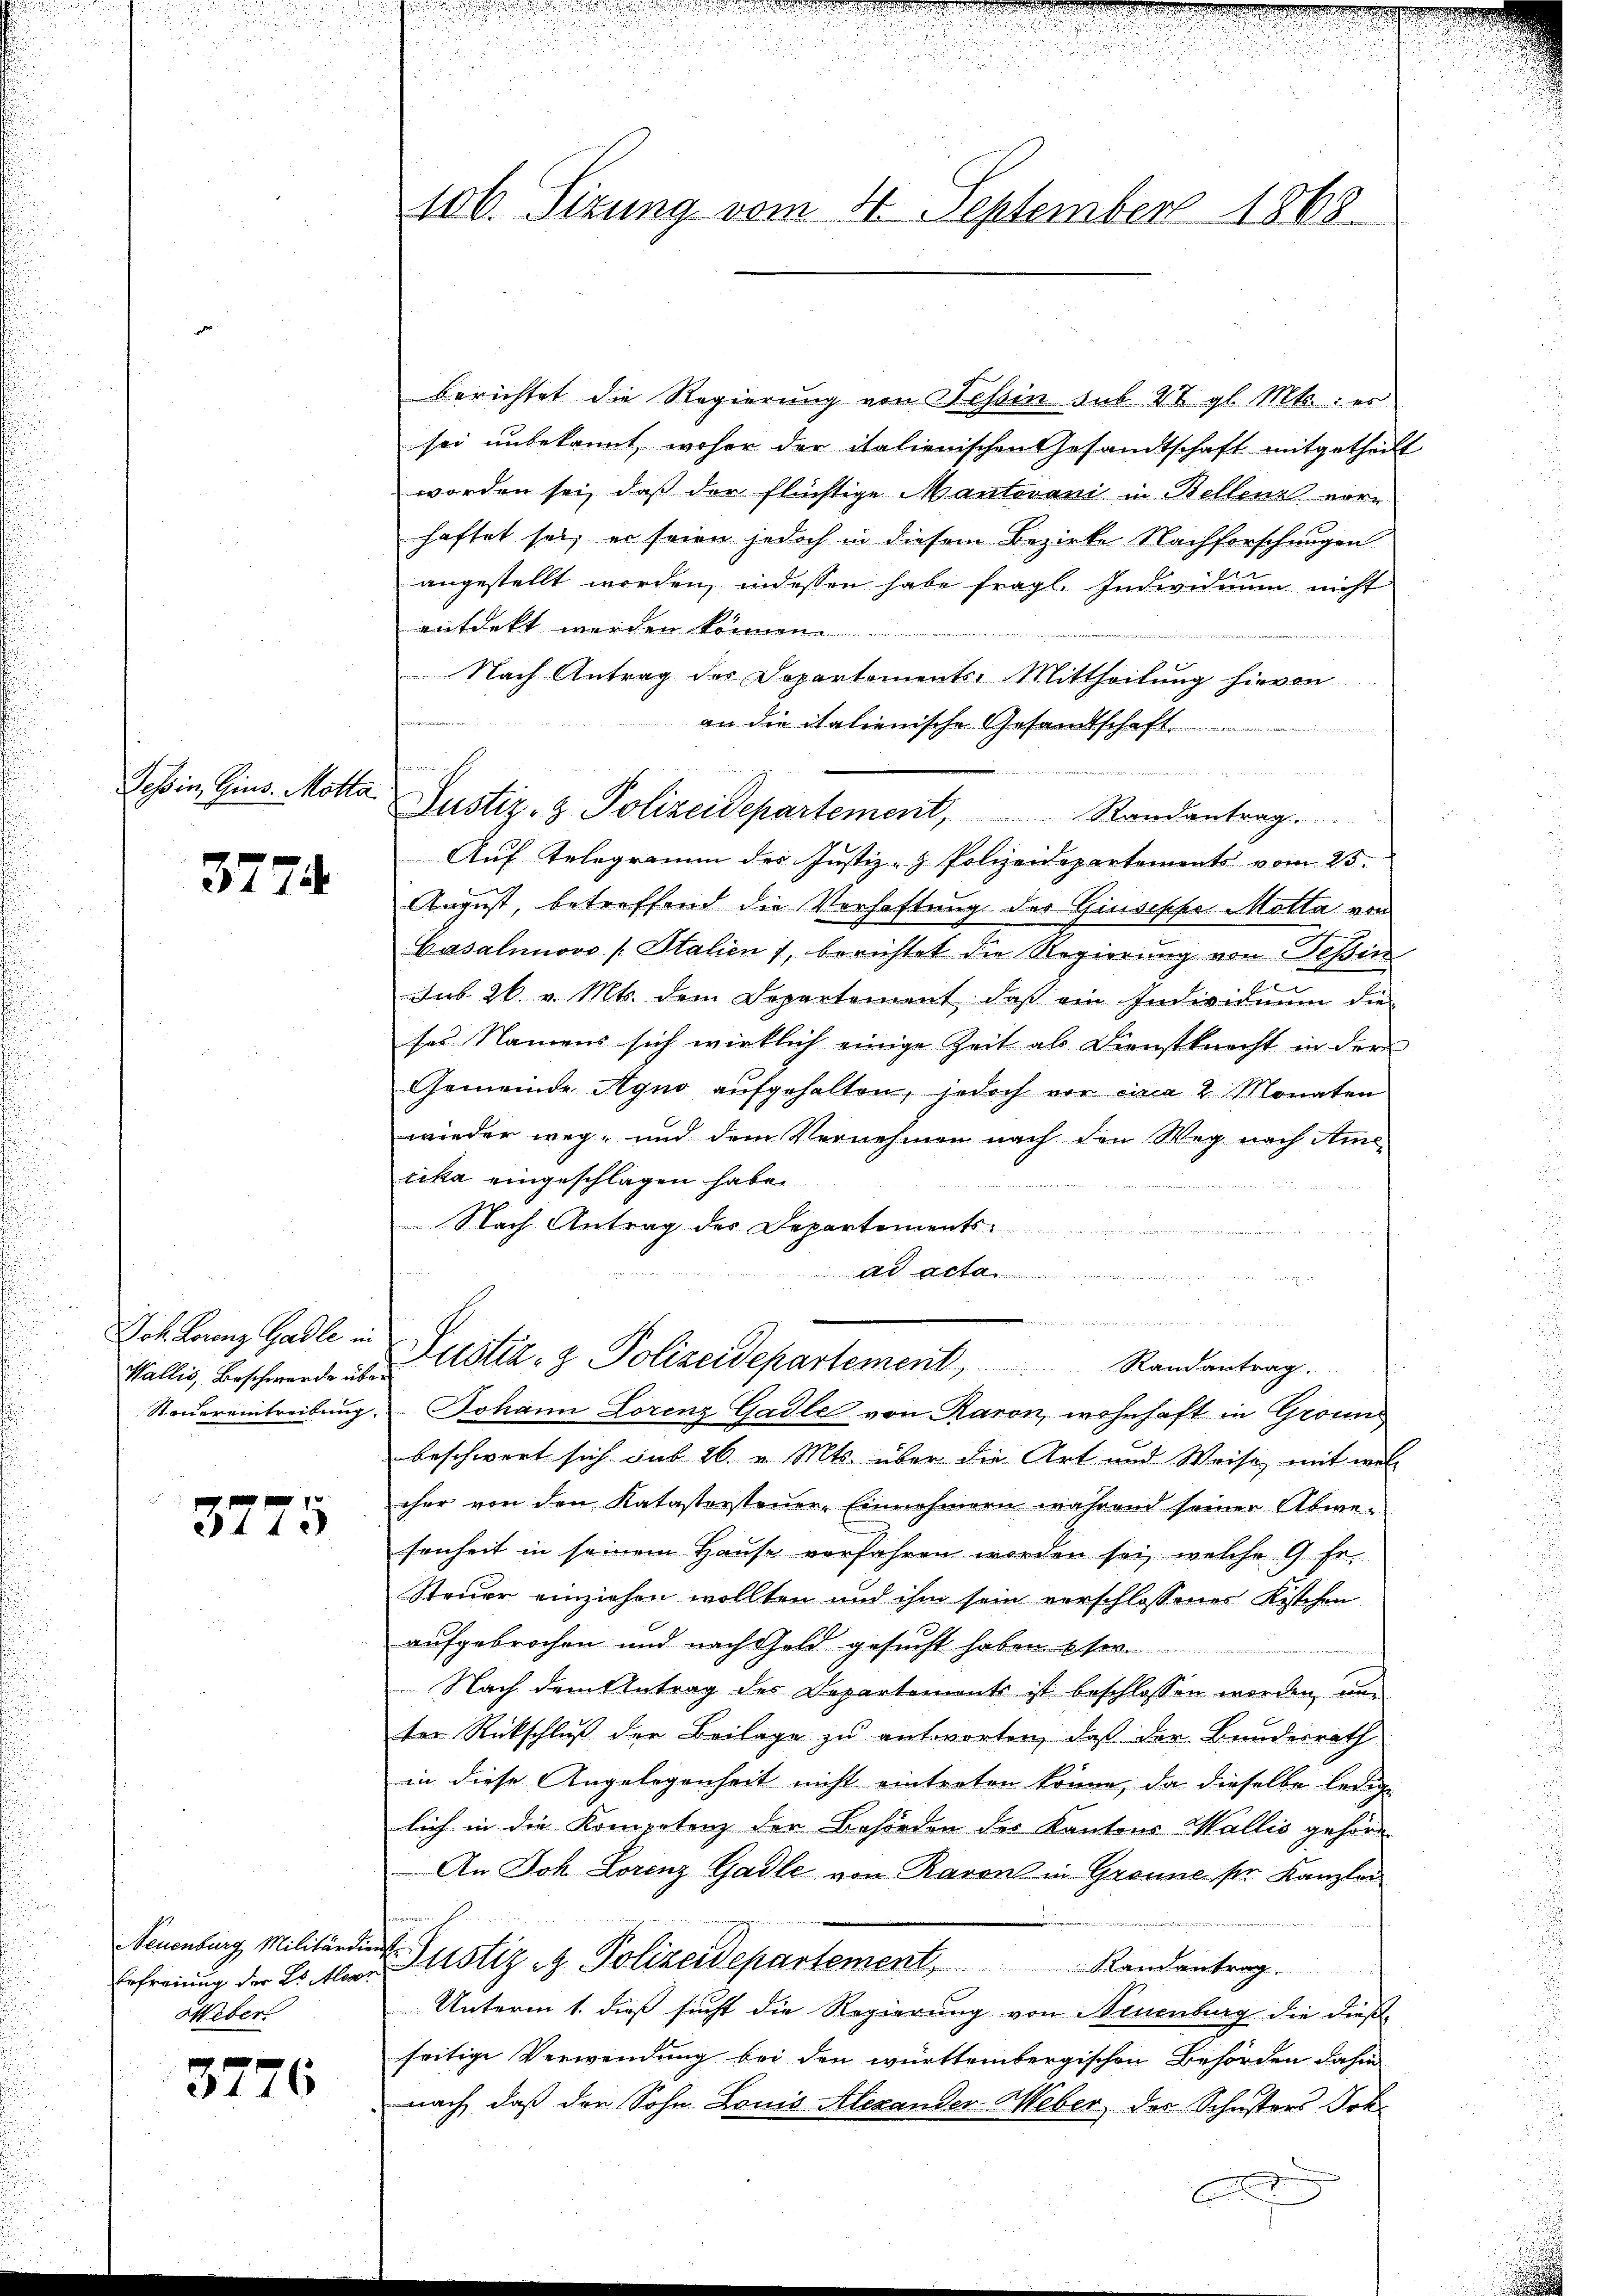
Tessin, Gius. Motta.

3774

Joh. Lorenz Galle in

3775

Neuenburg Militärdie
Erfreiung der E. Mer
Weber

3776

106. Sizung vom 4. September 1868.

berichtet die Regierung von Tessin sub 27 gl. Mts.: er
sei unbekannt, woher der italienischen Gesandtschaft mitgetheilt
worden sei, daß der flüchtige Mantovani in Bellens vorhaftet sei, er seien jedoch in diesem Bezirke Nachforschungen
angestellt worden, indessen habe fragl. Individuum nicht
entdekt werden können
Nach Antrag der Departements-Mittheilung hievon
an die italienische Gesandtschaft .........
       und an d
Auf Telegramm der Justiz- & Polizeidepartements vom 25.
August, betreffend die Verhaftung des Giuseppe Motta, von
Casaliovo [Stalien, berichtet die Regierung von Teßin
sub 26. v. Mts. dem Departement, daß ein Individuum die
ses Namens sich wirklich einige Zeit als Dienstknecht in der
Gemeinde Agno aŭfgehalten, jedoch vor circa 2 Monaten
wieder weg, und dem Vernehmen nach den Weg nach Amecika eingeschlagen habe.

Nach Antrag des Departementsad acta
n
u

Wallis, Beschwerde es ustiz- & Polizeidepartement, Randantrag.
Steuereintreibung Johann Lorenz Gadle von Raron, wohnhaft in Gromni
beschwert sich sub 26. v. Mts. über die Art und Weise, mit mel
eher von den Katastersteuer-Einnahmern während seiner Abwesenheit in seinem Hause verfahren worden sei, welche G. fr.
Steuer einziehen wollten und ihm sein verschlossenes Kistchen
aufgebrochen und nach Gold gesucht haben so

Nach dem Antrag des Departements ist beschlossen worden, un
ter Rückschluß der Beilage zu antworten, daß der Bundesrath
in diese Angelegenheit nicht eintreten könne, da dieselbe ledige
lich in die Kompetenz der Behörden des Kantons Wallis gehöre
An Joh. Lorenz Gadle von Raron in Gronne ser Kanzlei
 Justiz & Polizeidepartement, Kandantrag
Unterm 1. dieß sucht die Regierung von Neuenburg die dieße
seitige Verwendung bei den württembergischen Behörden dahin
nach, daß der Sohn Louis Alexander Weber, der Schusters Joh.
A

Justiz- & Polizeidepartement, Randantrag.